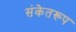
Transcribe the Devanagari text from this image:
संकेतरूप